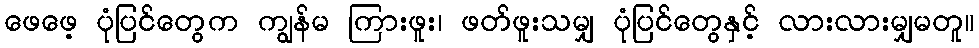
ဖေဖေ့ ပုံပြင်တွေက ကျွန်မ ကြားဖူး၊ ဖတ်ဖူးသမျှ ပုံပြင်တွေနှင့် လားလားမျှမတူ။